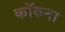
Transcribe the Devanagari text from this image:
कॉरुना